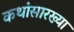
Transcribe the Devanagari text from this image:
कथांसारख्या